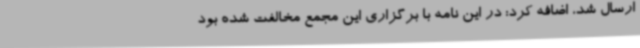
ارسال شد، اضافه کرد: در این نامه با برگزاری این مجمع مخالفت شده بود